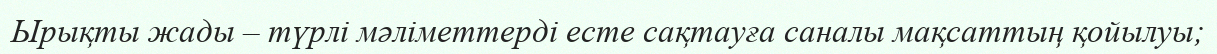
Ырықты жады – түрлі мәліметтерді есте сақтауға саналы мақсаттың қойылуы;